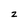
Character: 2